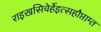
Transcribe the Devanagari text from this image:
राइखसिचेर्हेइत्सहौप्ताम्त